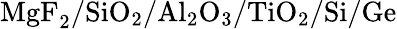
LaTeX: \mathrm{MgF_{2}/SiO_{2}/Al_{2}O_{3}/TiO_{2}/Si/Ge}